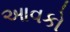
આવકો